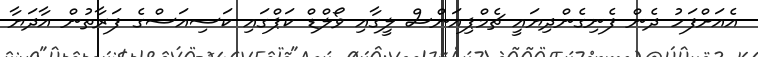
އެއަށްފަހު ދެން ފެނިގެންދިޔައީ ޗެމްޕިއަންސް ލީގާއި ވޯލްޑް ކަޕްގައި ކަސިއަސްގެ ފަރާތުން އާދަޔާ